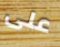
على